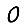
Digit: 0